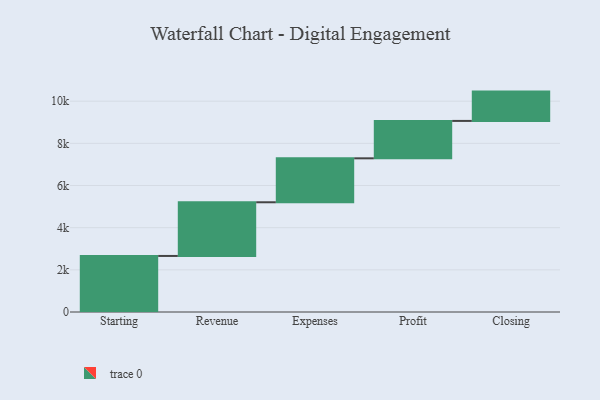
{"axis": {"x": "Step", "y": "Value"}, "legend": [""], "data": [{"x": "Starting", "y": 2659.0, "type": ""}, {"x": "Revenue", "y": 2546.0, "type": ""}, {"x": "Expenses", "y": 2085.0, "type": ""}, {"x": "Profit", "y": 1774.0, "type": ""}, {"x": "Closing", "y": 1391.0, "type": ""}]}